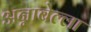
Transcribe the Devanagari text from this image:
अन्नाबेल्ला